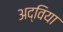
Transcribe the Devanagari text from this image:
अद्विया